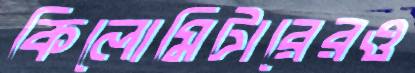
কিলোমিটারেরও